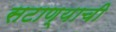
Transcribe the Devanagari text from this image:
सटाण्याची